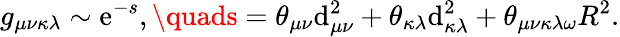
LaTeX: g_{\mu\nu\kappa\lambda}\sim\mathrm{e}^{-s},\quads=\theta_{\mu\nu}\mathrm{d}_{\mu\nu}^{2}+\theta_{\kappa\lambda}\mathrm{d}_{\kappa\lambda}^{2}+\theta_{\mu\nu\kappa\lambda\omega}R^{2}.